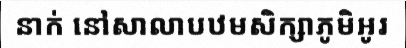
នាក់ នៅសាលាបឋមសិក្សាភូមិអូរ